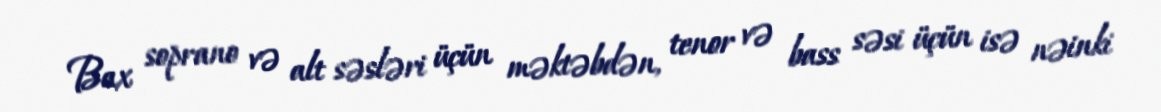
Bax soprano və alt səsləri üçün məktəbdən, tenor və bass səsi üçün isə nəinki